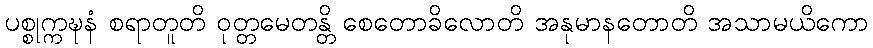
ပစ္စုက္ကဍ္ဎနံ စရာတူတိ ဝုတ္တမေတန္တိ စေတောခိလောတိ အနုမာနတောတိ အသာမယိကော